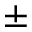
\pm